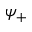
\psi _ { + }